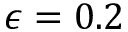
\epsilon = 0 . 2